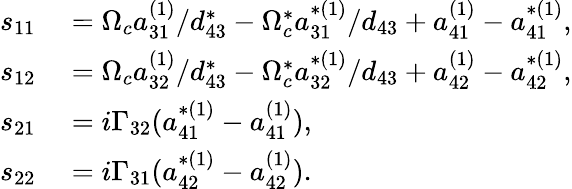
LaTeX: \begin{array}{rl}{s_{11}}&{{}=\Omega_{c}a_{31}^{(1)}/d_{43}^{\ast}-\Omega_{c}^{\ast}a_{31}^{\ast(1)}/d_{43}+a_{41}^{(1)}-a_{41}^{\ast(1)},}\\ {s_{12}}&{{}=\Omega_{c}a_{32}^{(1)}/d_{43}^{\ast}-\Omega_{c}^{\ast}a_{32}^{\ast(1)}/d_{43}+a_{42}^{(1)}-a_{42}^{\ast(1)},}\\ {s_{21}}&{{}=i\Gamma_{32}(a_{41}^{\ast(1)}-a_{41}^{(1)}),}\\ {s_{22}}&{{}=i\Gamma_{31}(a_{42}^{\ast(1)}-a_{42}^{(1)}).}\end{array}